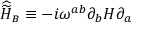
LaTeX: { \widehat { \widetilde { \cal H } } } _ { \scriptscriptstyle B } \equiv - i \omega ^ { a b } \partial _ { b } H \partial _ { a }